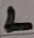
Text: L